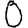
Digit: 0